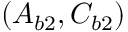
( A _ { b 2 } , C _ { b 2 } )